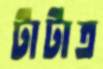
টাটাত